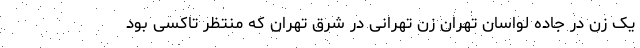
یک زن در جاده لواسان تهران زن تهرانی در شرق تهران که منتظر تاکسی بود